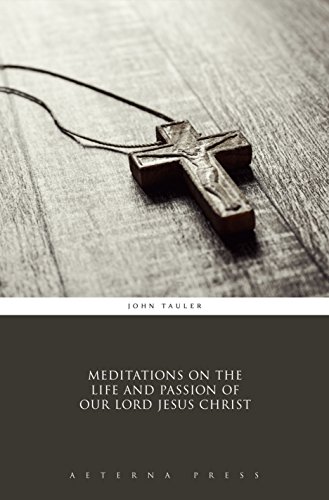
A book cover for Meditations on the Life and Passion of Our Lord Jesus Christ (Illustrated); John Tauler; Christian Books & Bibles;